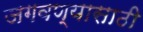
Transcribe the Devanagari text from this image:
जगवण्यासाठी